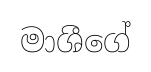
මාශීගේ